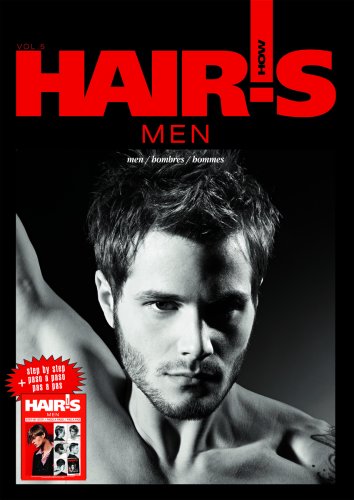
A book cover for Hair's How, vol.5: Men (English, Spanish and French Edition); Hair's How Magazine; Health, Fitness & Dieting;